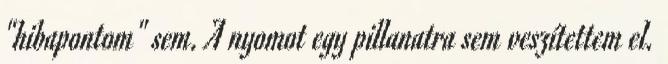
"hibapontom" sem. A nyomot egy pillanatra sem veszítettem el.